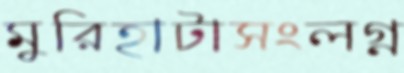
মুরিহাটাসংলগ্ন